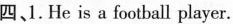
四、1.He is a football player.